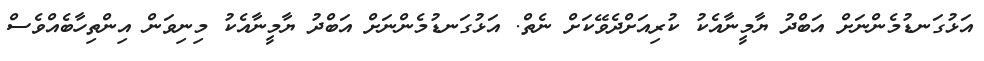
އަޅުގަނޑުމެންނަށް އަބްދު ޔާމީނާއެކު ކުރިއަށްދެވޭކަށް ނެތް. އަޅުގަނޑުމެންނަށް އަބްދު ޔާމީނާއެކު މިނިވަން އިންތިހާބެއްވެސް